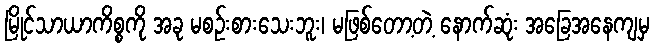
မြိုင်သာယာကိစ္စကို အခု မစဉ်းစားသေးဘူး၊ မဖြစ်တော့တဲ့ နောက်ဆုံး အခြေအနေကျမှ